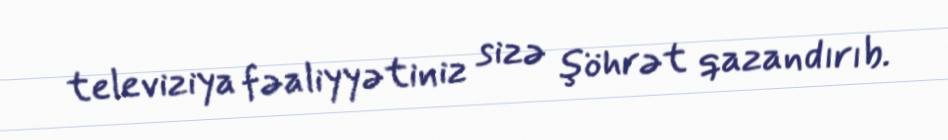
televiziya fəaliyyətiniz sizə şöhrət qazandırıb.